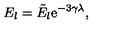
E _ { l } = \tilde { E } _ { l } \mathrm { e } ^ { - 3 \gamma \lambda } ,